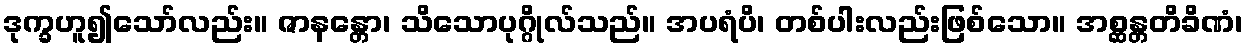
ဒုက္ခဟူ၍သော်လည်း။ ဇာနန္တော၊ သိသောပုဂ္ဂိုလ်သည်။ အပရံပိ၊ တစ်ပါးလည်းဖြစ်သော။ အစ္ဆန္တတိခိဏံ၊